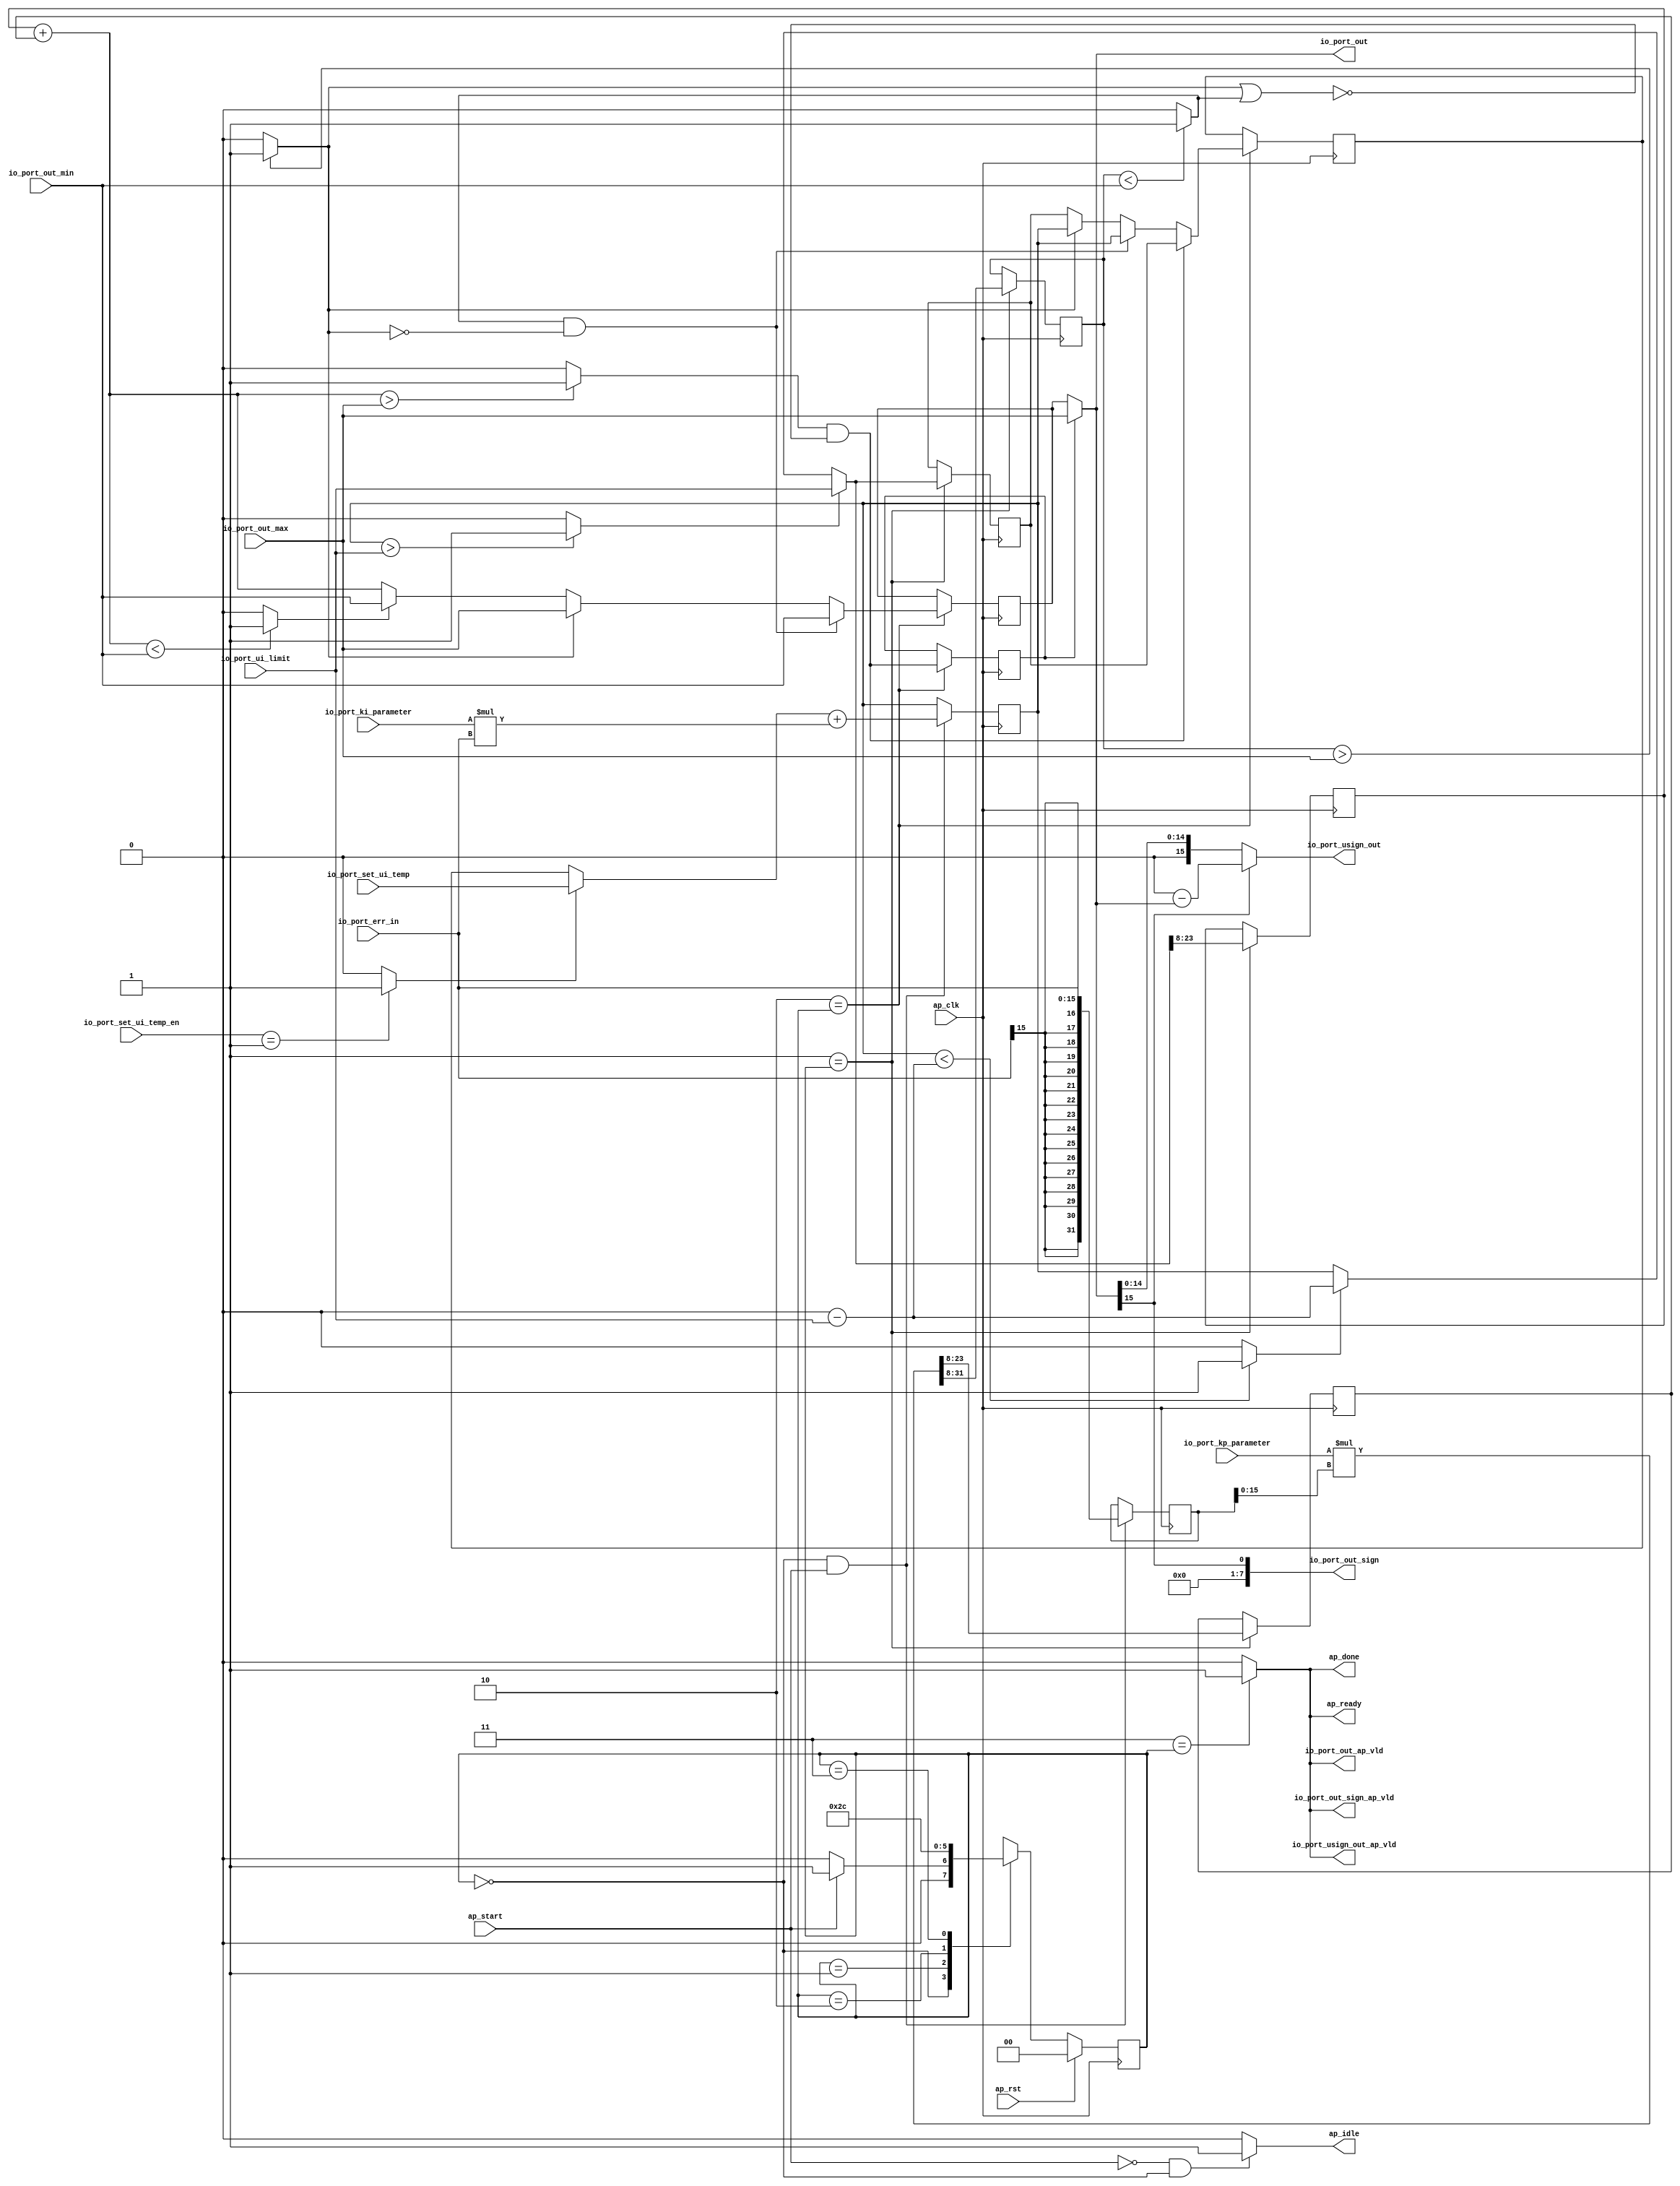
// ==============================================================
// RTL generated by Vivado(TM) HLS - High-Level Synthesis from C, C++ and SystemC
// Version: 2014.2
// Copyright (C) 2014 Xilinx Inc. All rights reserved.
// 
// ===========================================================

`timescale 1 ns / 1 ps 

(* CORE_GENERATION_INFO="pid_ctrl,hls_ip_2014_2,{HLS_INPUT_TYPE=c,HLS_INPUT_FLOAT=0,HLS_INPUT_FIXED=0,HLS_INPUT_PART=xc7z020clg484-1,HLS_INPUT_CLOCK=10.000000,HLS_INPUT_ARCH=others,HLS_SYN_CLOCK=8.354000,HLS_SYN_LAT=3,HLS_SYN_TPT=none,HLS_SYN_MEM=0,HLS_SYN_DSP=0,HLS_SYN_FF=0,HLS_SYN_LUT=0}" *)

module pid_ctrl (
        ap_clk,
        ap_rst,
        ap_start,
        ap_done,
        ap_idle,
        ap_ready,
        io_port_err_in,
        io_port_kp_parameter,
        io_port_ki_parameter,
        io_port_out_max,
        io_port_out_min,
        io_port_ui_limit,
        io_port_set_ui_temp_en,
        io_port_set_ui_temp,
        io_port_out,
        io_port_out_ap_vld,
        io_port_out_sign,
        io_port_out_sign_ap_vld,
        io_port_usign_out,
        io_port_usign_out_ap_vld
);

parameter    ap_const_logic_1 = 1'b1;
parameter    ap_const_logic_0 = 1'b0;
parameter    ap_ST_st1_fsm_0 = 2'b00;
parameter    ap_ST_st2_fsm_1 = 2'b1;
parameter    ap_ST_st3_fsm_2 = 2'b10;
parameter    ap_ST_st4_fsm_3 = 2'b11;
parameter    ap_const_lv32_0 = 32'b00000000000000000000000000000000;
parameter    ap_const_lv8_1 = 8'b1;
parameter    ap_const_lv32_8 = 32'b1000;
parameter    ap_const_lv32_1F = 32'b11111;
parameter    ap_const_lv32_17 = 32'b10111;
parameter    ap_const_lv1_1 = 1'b1;
parameter    ap_const_lv32_F = 32'b1111;
parameter    ap_const_lv16_0 = 16'b0000000000000000;
parameter    ap_true = 1'b1;

input   ap_clk;
input   ap_rst;
input   ap_start;
output   ap_done;
output   ap_idle;
output   ap_ready;
input  [15:0] io_port_err_in;
input  [15:0] io_port_kp_parameter;
input  [15:0] io_port_ki_parameter;
input  [15:0] io_port_out_max;
input  [15:0] io_port_out_min;
input  [31:0] io_port_ui_limit;
input  [7:0] io_port_set_ui_temp_en;
input  [31:0] io_port_set_ui_temp;
output  [15:0] io_port_out;
output   io_port_out_ap_vld;
output  [7:0] io_port_out_sign;
output   io_port_out_sign_ap_vld;
output  [15:0] io_port_usign_out;
output   io_port_usign_out_ap_vld;

reg ap_done;
reg ap_idle;
reg ap_ready;
reg io_port_out_ap_vld;
reg io_port_out_sign_ap_vld;
reg io_port_usign_out_ap_vld;
reg   [1:0] ap_CS_fsm = 2'b00;
reg   [31:0] ui_temp = 32'b00000000000000000000000000000000;
wire   [31:0] tmp_1_fu_150_p1;
reg   [31:0] tmp_1_reg_396;
wire   [31:0] tmp_6_fu_164_p2;
reg   [31:0] tmp_6_reg_401;
reg   [23:0] tmp_8_reg_410;
reg   [15:0] out_2_reg_416;
wire   [31:0] ui_temp_new_fu_222_p3;
reg   [31:0] ui_temp_new_reg_421;
reg   [15:0] tmp_11_reg_427;
wire   [0:0] sel_tmp7_fu_319_p2;
reg   [0:0] sel_tmp7_reg_437;
wire   [15:0] out_5_fu_340_p3;
reg   [15:0] out_5_reg_442;
wire   [31:0] ui_temp_new_1_fu_325_p3;
wire   [15:0] out_6_fu_354_p3;
wire   [0:0] tmp_fu_132_p2;
wire   [15:0] tmp_5_fu_158_p0;
wire   [15:0] tmp_5_fu_158_p1;
wire   [31:0] ui_temp_loc_fu_142_p3;
wire   [31:0] tmp_5_fu_158_p2;
wire   [15:0] up_temp_fu_174_p0;
wire   [15:0] up_temp_fu_174_p1;
wire   [31:0] up_temp_fu_174_p2;
wire   [31:0] tmp_s_fu_204_p2;
wire   [0:0] tmp_10_fu_210_p2;
wire   [0:0] tmp_7_fu_199_p2;
wire   [31:0] tmp_10_tmp_6_fu_215_p3;
wire   [23:0] tmp_9_fu_244_p1;
wire   [23:0] tmp_3_fu_253_p1;
wire   [15:0] out_3_fu_258_p2;
wire   [0:0] tmp_13_fu_268_p2;
wire   [0:0] tmp_9_fu_244_p2;
wire   [0:0] tmp_3_fu_253_p2;
wire   [0:0] sel_tmp1_fu_288_p2;
wire   [0:0] sel_tmp2_fu_294_p2;
wire   [31:0] sel_tmp_fu_282_p3;
wire   [0:0] sel_tmp6_demorgan_fu_307_p2;
wire   [0:0] tmp_12_fu_262_p2;
wire   [0:0] sel_tmp6_fu_313_p2;
wire   [31:0] sel_tmp3_fu_300_p3;
wire   [15:0] out_5_out_3_fu_274_p3;
wire   [15:0] out_4_fu_332_p3;
wire   [0:0] tmp_14_fu_360_p3;
wire   [15:0] tmp_15_fu_368_p2;
wire   [0:0] tmp_16_fu_383_p3;
reg   [1:0] ap_NS_fsm;




/// the current state (ap_CS_fsm) of the state machine. ///
always @ (posedge ap_clk)
begin : ap_ret_ap_CS_fsm
    if (ap_rst == 1'b1) begin
        ap_CS_fsm <= ap_ST_st1_fsm_0;
    end else begin
        ap_CS_fsm <= ap_NS_fsm;
    end
end

/// assign process. ///
always @(posedge ap_clk)
begin
    if ((ap_ST_st2_fsm_1 == ap_CS_fsm)) begin
        out_2_reg_416 <= {{up_temp_fu_174_p2[ap_const_lv32_17 : ap_const_lv32_8]}};
        tmp_11_reg_427 <= {{ui_temp_new_fu_222_p3[ap_const_lv32_17 : ap_const_lv32_8]}};
        tmp_8_reg_410 <= {{up_temp_fu_174_p2[ap_const_lv32_1F : ap_const_lv32_8]}};
        ui_temp_new_reg_421 <= ui_temp_new_fu_222_p3;
    end
end

/// assign process. ///
always @(posedge ap_clk)
begin
    if ((ap_ST_st3_fsm_2 == ap_CS_fsm)) begin
        out_5_reg_442 <= out_5_fu_340_p3;
        sel_tmp7_reg_437 <= sel_tmp7_fu_319_p2;
        ui_temp <= ui_temp_new_1_fu_325_p3;
    end
end

/// assign process. ///
always @(posedge ap_clk)
begin
    if (((ap_ST_st1_fsm_0 == ap_CS_fsm) & ~(ap_start == ap_const_logic_0))) begin
        tmp_1_reg_396 <= tmp_1_fu_150_p1;
        tmp_6_reg_401 <= tmp_6_fu_164_p2;
    end
end

/// ap_done assign process. ///
always @ (ap_CS_fsm)
begin
    if ((ap_ST_st4_fsm_3 == ap_CS_fsm)) begin
        ap_done = ap_const_logic_1;
    end else begin
        ap_done = ap_const_logic_0;
    end
end

/// ap_idle assign process. ///
always @ (ap_start or ap_CS_fsm)
begin
    if ((~(ap_const_logic_1 == ap_start) & (ap_ST_st1_fsm_0 == ap_CS_fsm))) begin
        ap_idle = ap_const_logic_1;
    end else begin
        ap_idle = ap_const_logic_0;
    end
end

/// ap_ready assign process. ///
always @ (ap_CS_fsm)
begin
    if ((ap_ST_st4_fsm_3 == ap_CS_fsm)) begin
        ap_ready = ap_const_logic_1;
    end else begin
        ap_ready = ap_const_logic_0;
    end
end

/// io_port_out_ap_vld assign process. ///
always @ (ap_CS_fsm)
begin
    if ((ap_ST_st4_fsm_3 == ap_CS_fsm)) begin
        io_port_out_ap_vld = ap_const_logic_1;
    end else begin
        io_port_out_ap_vld = ap_const_logic_0;
    end
end

/// io_port_out_sign_ap_vld assign process. ///
always @ (ap_CS_fsm)
begin
    if ((ap_ST_st4_fsm_3 == ap_CS_fsm)) begin
        io_port_out_sign_ap_vld = ap_const_logic_1;
    end else begin
        io_port_out_sign_ap_vld = ap_const_logic_0;
    end
end

/// io_port_usign_out_ap_vld assign process. ///
always @ (ap_CS_fsm)
begin
    if ((ap_ST_st4_fsm_3 == ap_CS_fsm)) begin
        io_port_usign_out_ap_vld = ap_const_logic_1;
    end else begin
        io_port_usign_out_ap_vld = ap_const_logic_0;
    end
end
/// the next state (ap_NS_fsm) of the state machine. ///
always @ (ap_start or ap_CS_fsm)
begin
    case (ap_CS_fsm)
        ap_ST_st1_fsm_0 : 
        begin
            if (~(ap_start == ap_const_logic_0)) begin
                ap_NS_fsm = ap_ST_st2_fsm_1;
            end else begin
                ap_NS_fsm = ap_ST_st1_fsm_0;
            end
        end
        ap_ST_st2_fsm_1 : 
        begin
            ap_NS_fsm = ap_ST_st3_fsm_2;
        end
        ap_ST_st3_fsm_2 : 
        begin
            ap_NS_fsm = ap_ST_st4_fsm_3;
        end
        ap_ST_st4_fsm_3 : 
        begin
            ap_NS_fsm = ap_ST_st1_fsm_0;
        end
        default : 
        begin
            ap_NS_fsm = 'bx;
        end
    endcase
end

assign io_port_out = out_6_fu_354_p3;
assign io_port_out_sign = $unsigned(tmp_16_fu_383_p3);
assign io_port_usign_out = ((tmp_14_fu_360_p3)? tmp_15_fu_368_p2: out_6_fu_354_p3);
assign out_3_fu_258_p2 = (tmp_11_reg_427 + out_2_reg_416);
assign out_4_fu_332_p3 = ((tmp_9_fu_244_p2)? io_port_out_max: out_5_out_3_fu_274_p3);
assign out_5_fu_340_p3 = ((sel_tmp2_fu_294_p2)? io_port_out_min: out_4_fu_332_p3);
assign out_5_out_3_fu_274_p3 = ((tmp_13_fu_268_p2)? io_port_out_min: out_3_fu_258_p2);
assign out_6_fu_354_p3 = ((sel_tmp7_reg_437)? io_port_out_max: out_5_reg_442);
assign sel_tmp1_fu_288_p2 = (tmp_9_fu_244_p2 ^ ap_const_lv1_1);
assign sel_tmp2_fu_294_p2 = (tmp_3_fu_253_p2 & sel_tmp1_fu_288_p2);
assign sel_tmp3_fu_300_p3 = ((sel_tmp2_fu_294_p2)? tmp_6_reg_401: sel_tmp_fu_282_p3);
assign sel_tmp6_demorgan_fu_307_p2 = (tmp_9_fu_244_p2 | tmp_3_fu_253_p2);
assign sel_tmp6_fu_313_p2 = (sel_tmp6_demorgan_fu_307_p2 ^ ap_const_lv1_1);
assign sel_tmp7_fu_319_p2 = (tmp_12_fu_262_p2 & sel_tmp6_fu_313_p2);
assign sel_tmp_fu_282_p3 = ((tmp_9_fu_244_p2)? tmp_6_reg_401: ui_temp_new_reg_421);
assign tmp_10_fu_210_p2 = ($signed(tmp_6_reg_401) < $signed(tmp_s_fu_204_p2)? 1'b1: 1'b0);
assign tmp_10_tmp_6_fu_215_p3 = ((tmp_10_fu_210_p2)? tmp_s_fu_204_p2: tmp_6_reg_401);
assign tmp_12_fu_262_p2 = ($signed(out_3_fu_258_p2) > $signed(io_port_out_max)? 1'b1: 1'b0);
assign tmp_13_fu_268_p2 = ($signed(out_3_fu_258_p2) < $signed(io_port_out_min)? 1'b1: 1'b0);
assign tmp_14_fu_360_p3 = out_6_fu_354_p3[ap_const_lv32_F];
assign tmp_15_fu_368_p2 = (ap_const_lv16_0 - out_6_fu_354_p3);
assign tmp_16_fu_383_p3 = out_6_fu_354_p3[ap_const_lv32_F];
assign tmp_1_fu_150_p1 = $signed(io_port_err_in);
assign tmp_3_fu_253_p1 = $signed(io_port_out_min);
assign tmp_3_fu_253_p2 = ($signed(tmp_8_reg_410) < $signed(tmp_3_fu_253_p1)? 1'b1: 1'b0);
assign tmp_5_fu_158_p0 = io_port_ki_parameter;
assign tmp_5_fu_158_p1 = io_port_err_in;
assign tmp_5_fu_158_p2 = ($signed(tmp_5_fu_158_p0) * $signed(tmp_5_fu_158_p1));
assign tmp_6_fu_164_p2 = (ui_temp_loc_fu_142_p3 + tmp_5_fu_158_p2);
assign tmp_7_fu_199_p2 = ($signed(tmp_6_reg_401) > $signed(io_port_ui_limit)? 1'b1: 1'b0);
assign tmp_9_fu_244_p1 = $signed(io_port_out_max);
assign tmp_9_fu_244_p2 = ($signed(tmp_8_reg_410) > $signed(tmp_9_fu_244_p1)? 1'b1: 1'b0);
assign tmp_fu_132_p2 = (io_port_set_ui_temp_en == ap_const_lv8_1? 1'b1: 1'b0);
assign tmp_s_fu_204_p2 = (ap_const_lv32_0 - io_port_ui_limit);
assign ui_temp_loc_fu_142_p3 = ((tmp_fu_132_p2)? io_port_set_ui_temp: ui_temp);
assign ui_temp_new_1_fu_325_p3 = ((sel_tmp7_fu_319_p2)? ui_temp_new_reg_421: sel_tmp3_fu_300_p3);
assign ui_temp_new_fu_222_p3 = ((tmp_7_fu_199_p2)? io_port_ui_limit: tmp_10_tmp_6_fu_215_p3);
assign up_temp_fu_174_p0 = io_port_kp_parameter;
assign up_temp_fu_174_p1 = tmp_1_reg_396;
assign up_temp_fu_174_p2 = ($signed(up_temp_fu_174_p0) * $signed(up_temp_fu_174_p1));


endmodule //pid_ctrl